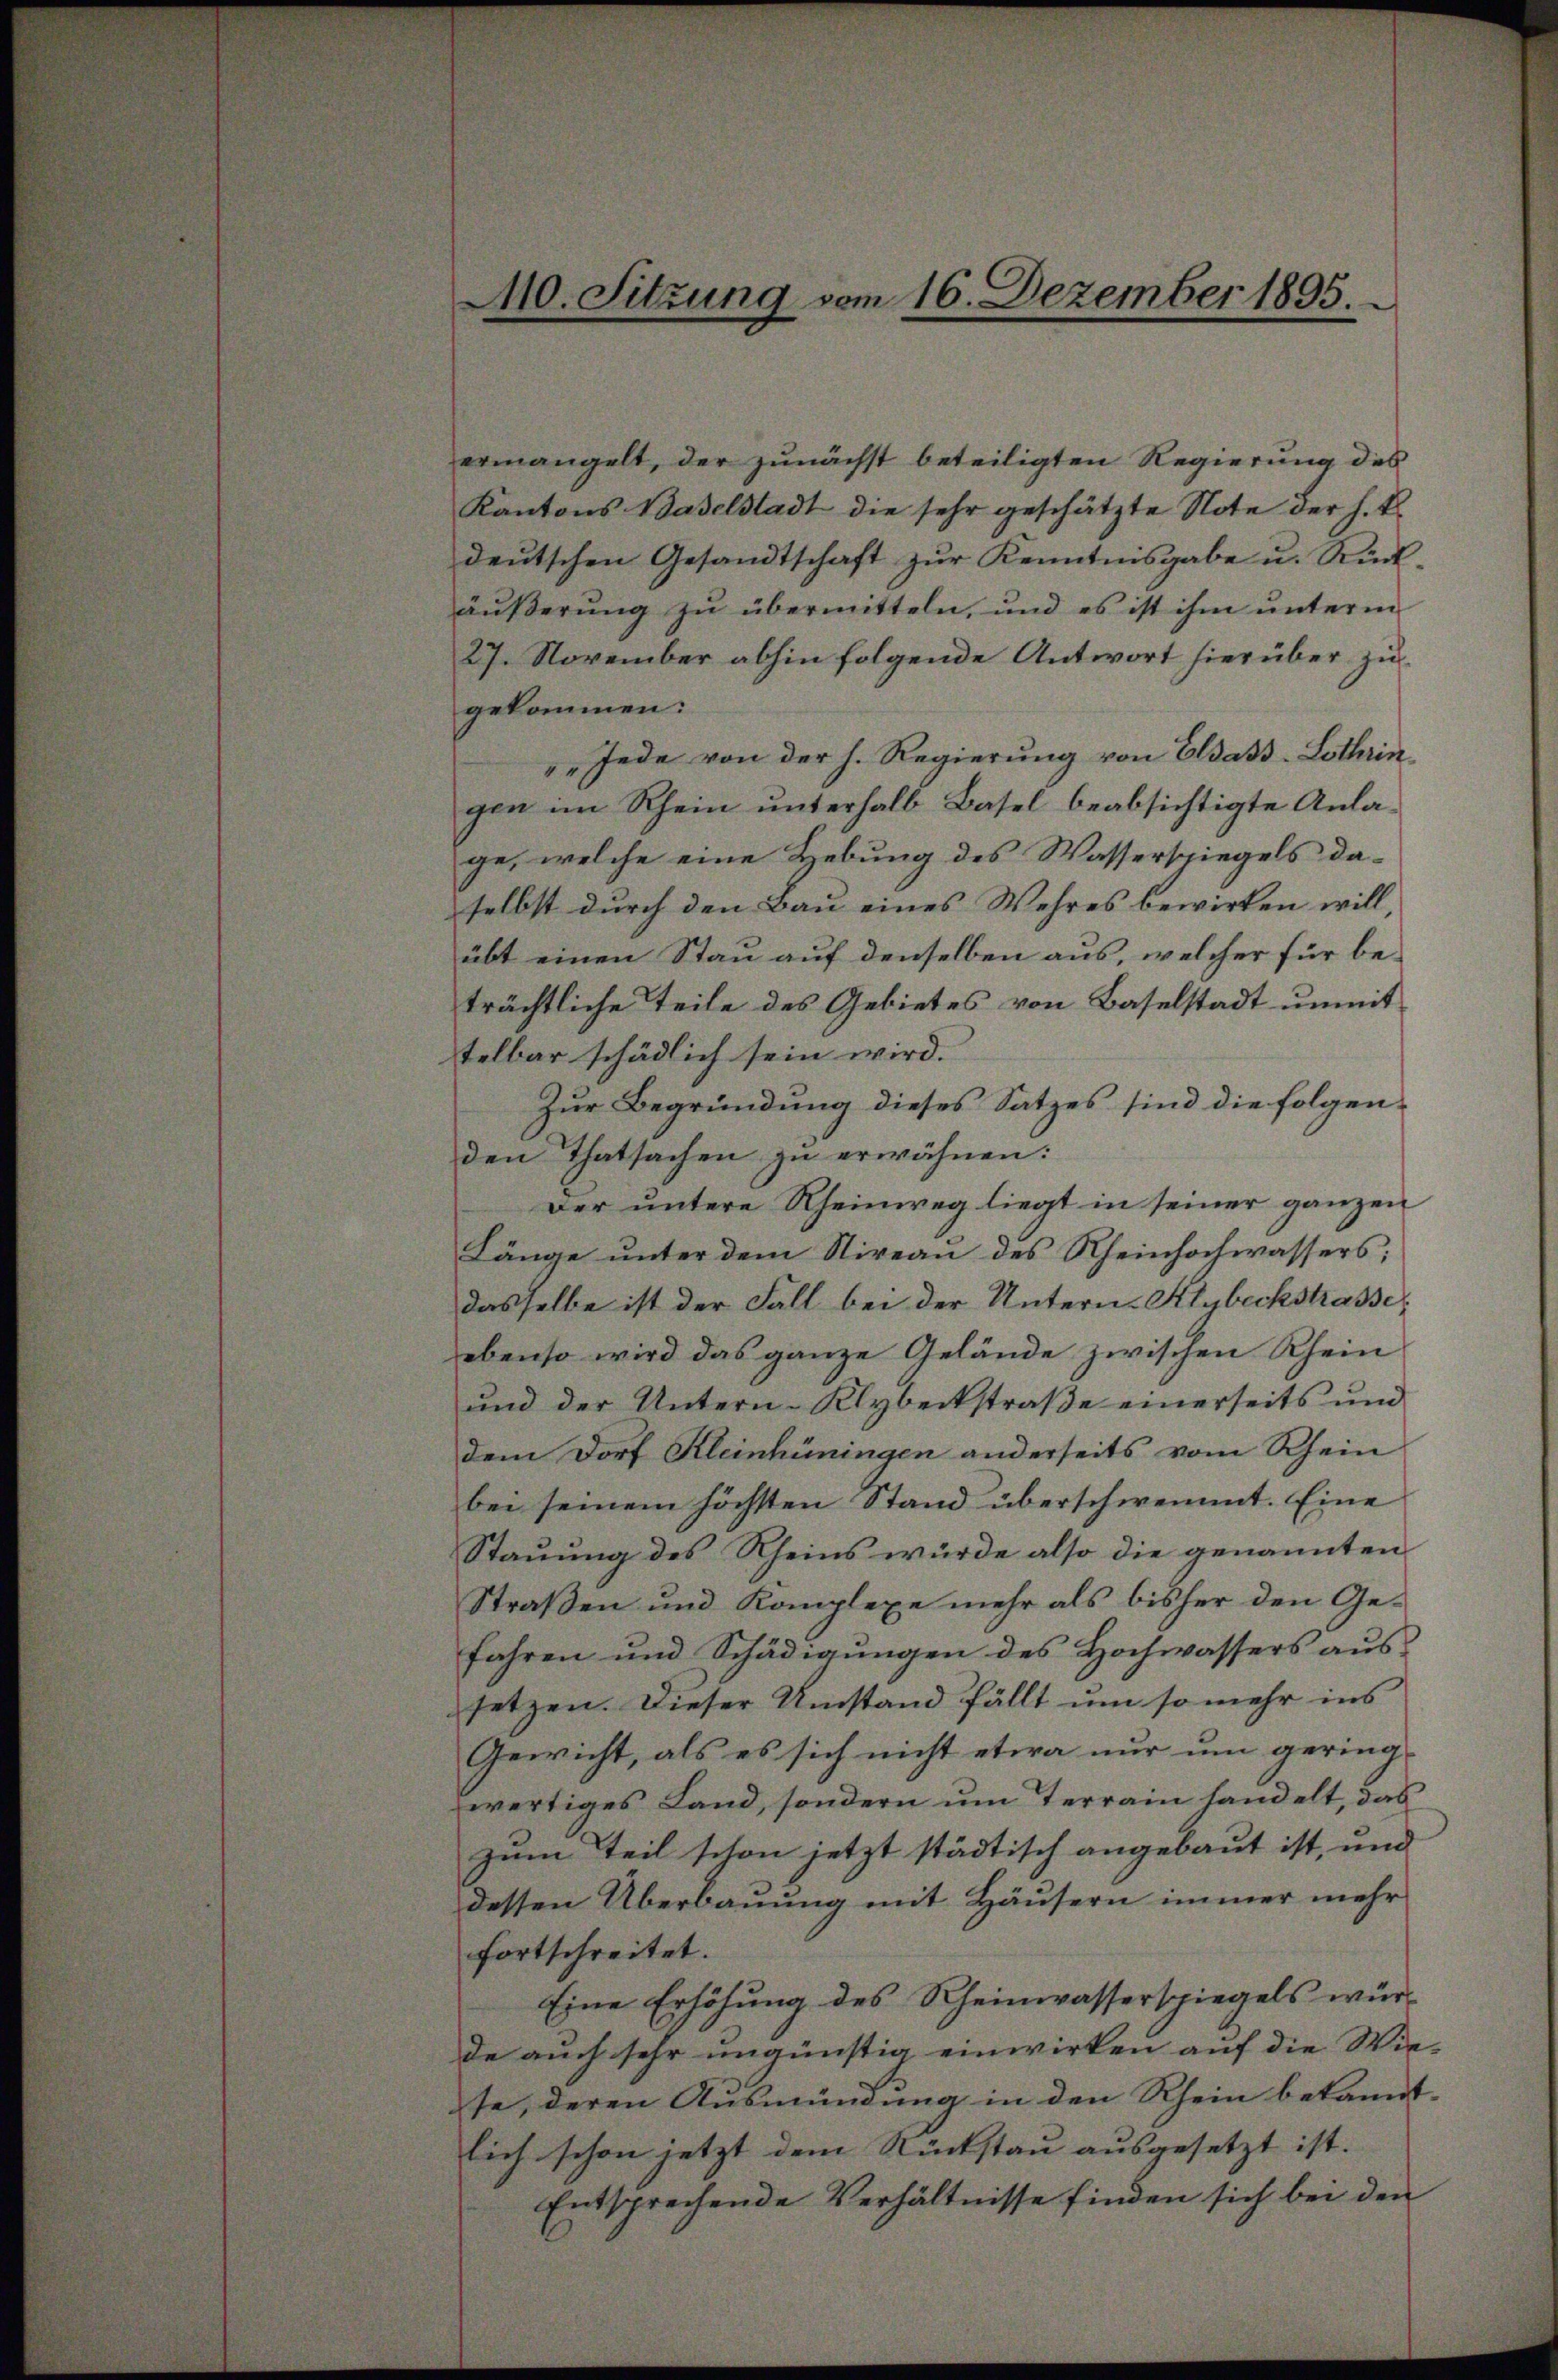
ermangelt, der zunächst beteiligten Regierung des
Kantons Baselstadt die sehr geschätzte Note der h. E.
deŭtschen Gesandtschaft zŭr Kenntnisgabe u. Rück-
äußerung zu übermitteln, und es ist ihm unterm
27. November abhin folgende Antwort hierüber zugekommen:
„Jede von der h. Regierung von Elsass-Lothrin
gen im Rhein unterhalb Basel beabsichtigte Anlage, welche eine Hebung des Wasserspiegels daselbst durch den Bau eines Wehres bewirken will,
übt einen Stau auf denselben aus, welcher für beträchtliche Teile des Gebietes von Baselstadt unmit
telbar schädlich sein wird.
Zur Begründung dieses Satzes sind die folgenden Thatsachen zu erwähnen:
Der untere Rheinweg liegt in seiner ganzen
Länge unter dem Niveau des Rheinhochwassers;
dasselbe ist der Fall bei der Untern-Alybeckstrasse,
ebenso wird das ganze Gelände zwischen Rhein
und der Untern-Klybeckstraße einerseits und
dem Dorf Kleinhüningen anderseits vom Rhein
bei seinem höchsten Stand überschwemmt. Eine
Stauung des Rheins würde also die genannten
Straßen und Komplexe mehr als bisher den Gefahren und Schädigungen des Hochwassers aussetzen. Dieser Umstand fällt um so mehr ins
Gewicht, als es sich nicht etwa nur um gering- |
wertiges Land, sondern um Terrain handelt, das
zum Teil schon jetzt städtisch angebaut ist, und
dessen Überbauung mit Häusern immer mehr
fortschreitet.
Eine Erhöhung des Rheinwasserspiegels wür-
de auch sehr ungünstig einwirken auf die Wie-
te, deren Ausmündung in den Rhein bekannt.
lich schon jetzt dem Rückstau ausgesetzt ist. |
Entsprechende Verhältnisse finden sich bei den

410. Sitzung vom 16. Dezember 1895.